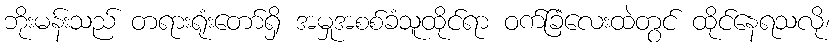
ဘိုးမန်းသည် တရားရုံးတော်ရှိ အမှုအစစ်ခံသူထိုင်ရာ ဝက်ခြံလေးထဲတွင် ထိုင်နေရသလို၊